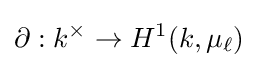
\partial :k^{\times }\rightarrow H^{1}(k,\mu _{\ell })